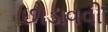
છોડાવવી